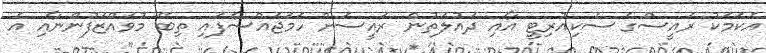
އެކަމަކު ރައީސްގެ ސެކިއުރިޓީ އާއި ދައުލަތުން ރައީސަށް ހަމަޖައްސާފައި ތިބޭ މުވައްޒަފުންނާއި އެ